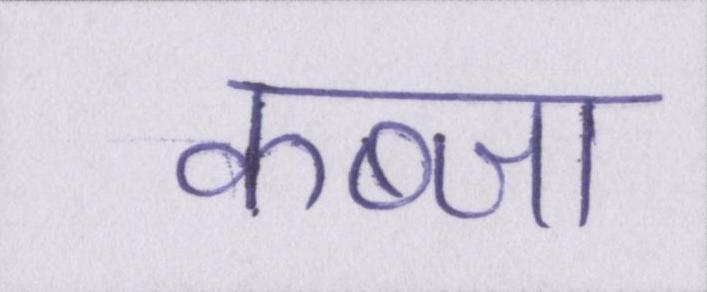
कब्जा